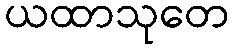
ယထာသုတေ